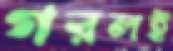
গরলই